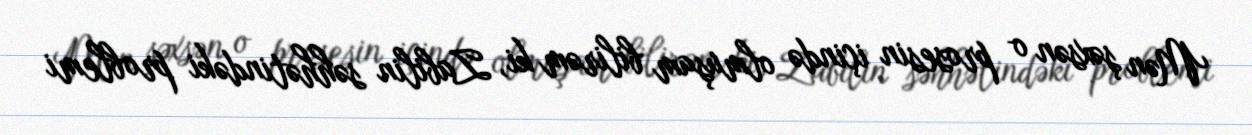
Mən şəxsən o prosesin içində olmuşam bilirəm ki, Zabilin səhhətindəki problemi